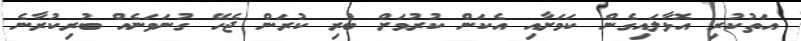
އަތުކުރި އޮޅާލައިގެން ކަމަށާއި އެކަން ކުރުމަށް ބުރި ކުރަން ޖެހޭ ގުނަވަނެއް ބުރިކުރާނެ